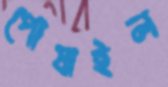
পোষাইল